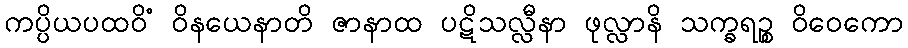
ကပ္ပိယပထဝိံ ဝိနယေနာတိ ဇာနာထ ပဋိသလ္လီနာ ဖုလ္လာနိ သက္ခရဉ္စ ဝိဝေကော